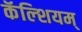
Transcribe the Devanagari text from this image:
कॅल्शियम्